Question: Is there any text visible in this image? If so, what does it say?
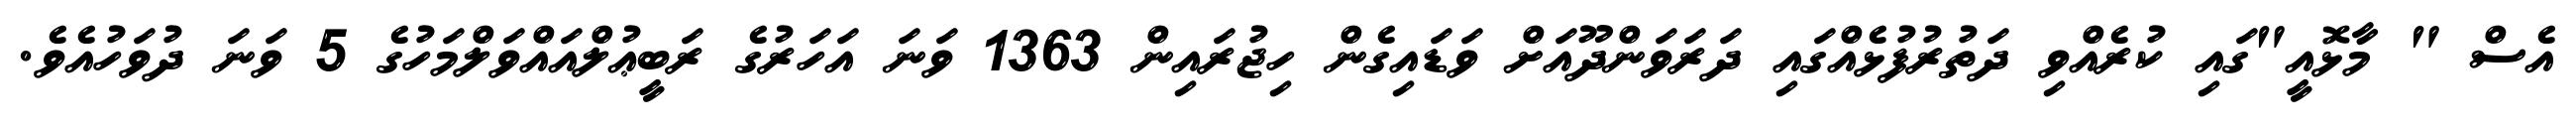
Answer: އެސް " މާޅޮއީ"ގައި ކުރެއްވި ދަތުރުފުޅެއްގައި ދަރަވަންދޫއަށް ވަޑައިގެން ހިޖުރައިން 1363 ވަނަ އަހަރުގެ ރަބީޢުލްއައްވަލްމަހުގެ 5 ވަނަ ދުވަހުއެވެ.